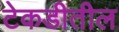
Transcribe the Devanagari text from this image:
टेकडीतील